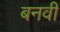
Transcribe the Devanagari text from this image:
बनवी